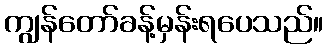
ကျွန်တော်ခန့်မှန်းရပေသည်။